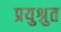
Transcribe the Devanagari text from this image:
प्रयुश्रुत